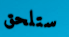
ستلحق